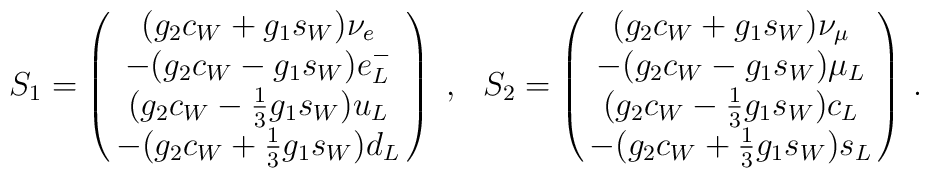
S_{1}=\pmatrix{( g_2 c_W + g_1 s_W ) \nu_{e} \cr            -( g_2 c_W - g_1 s_W ) e^{-}_{L} \cr            ( g_2 c_W - {1 \over 3} g_1 s_W ) u_{L} \cr            - ( g_2 c_W + {1 \over 3} g_1 s_W ) d_L }  ~,~~S_{2}=\pmatrix{( g_2 c_W + g_1 s_W ) \nu_{\mu} \cr            -( g_2 c_W - g_1 s_W ) \mu_{L} \cr            ( g_2 c_W - {1 \over 3} g_1 s_W ) c_{L} \cr            - ( g_2 c_W + {1 \over 3} g_1 s_W ) s_L }  \, .